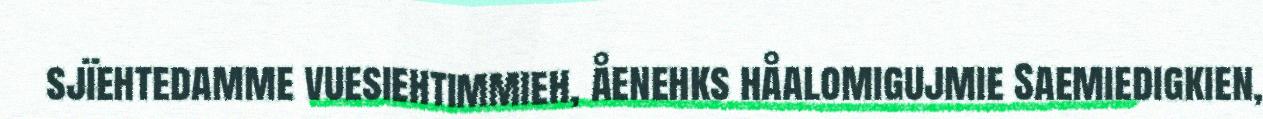
sjïehtedamme vuesiehtimmieh, åenehks håalomigujmie Saemiedigkien,